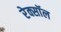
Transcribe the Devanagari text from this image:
रेक्सॉल